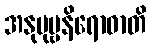
အနုပုဗ္ဗနိရောဓာတိ